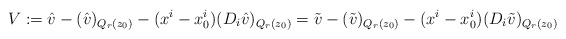
\begin{align*}V:=\hat v-(\hat v)_{Q_r(z_0)}-(x^i-x_0^i)(D_i \hat v)_{Q_{r}(z_0)}=\tilde v-(\tilde v)_{Q_r(z_0)}-(x^i-x_0^i)(D_i \tilde v)_{Q_{r}(z_0)}\end{align*}